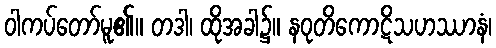
ဝါကပ်တော်မူ၏။ တဒါ၊ ထိုအခါ၌။ နဝုတိကောဋိသဟဿာနံ၊